Juri_Uluots, lk 53
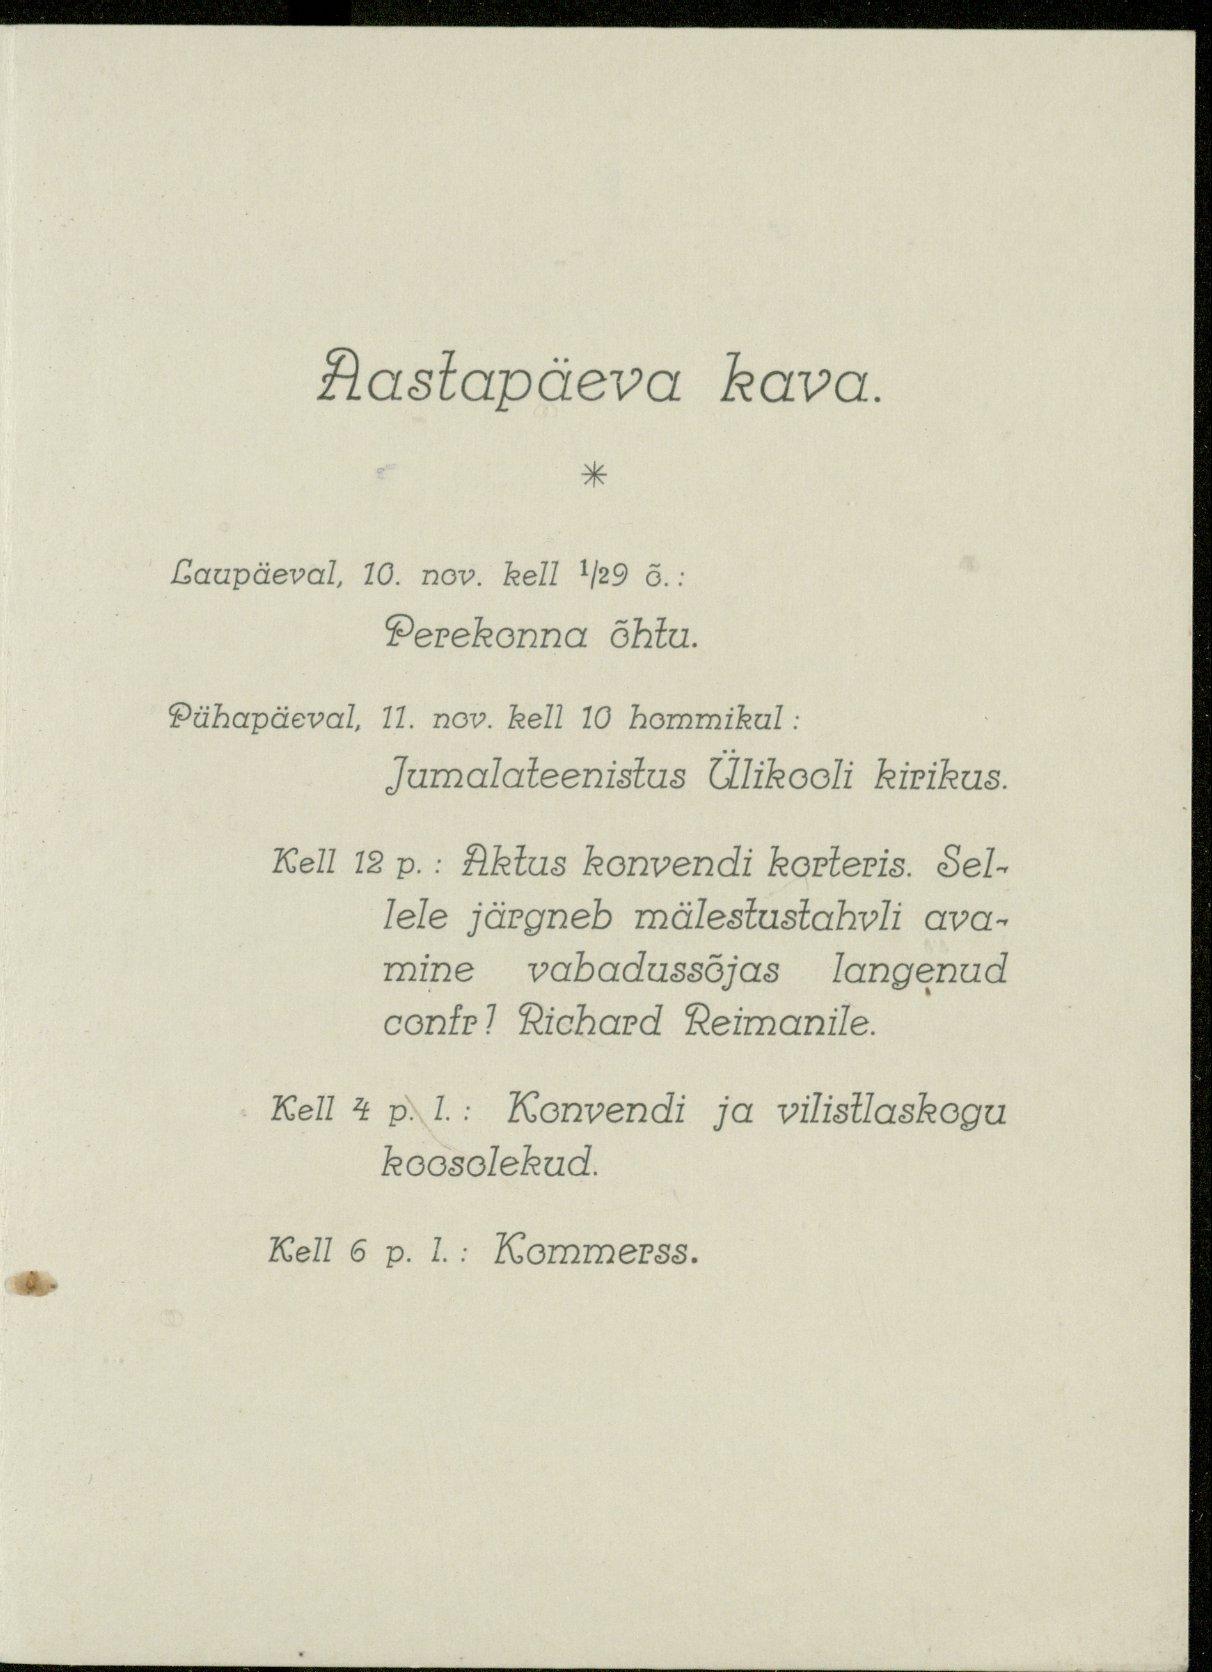
Aastapäeva kava.
*
Laupäeval, 10. nov. kell 1/2 9 õ. :
Perekonna õhtu.
Pühapäeval, 11. nov. kell 10 hommikul:
Jumalateenistus Ülikooli kirikus.
Kell 12 p. : Aktus konvendi korteris. Sel-
lele järgneb mälestustahvli ava-
mine vabadussõjas langenud
confr! Richard Reimanile.
Kell 4 p. l. : Konvendi ja vilistlaskogu
koosolekud.
Kell 6 p. l. : Kommerss.